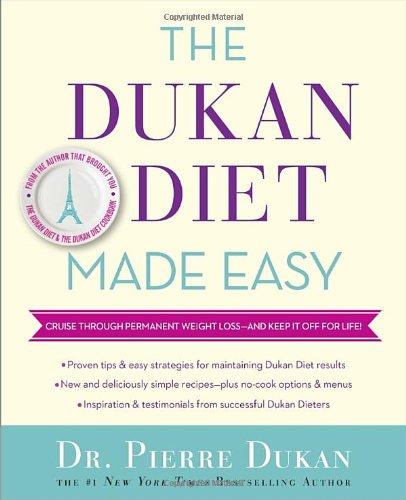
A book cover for The Dukan Diet Made Easy; Pierre Dukan; Cookbooks, Food & Wine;